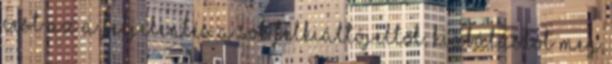
CEST Az a feljelentés a sok felkiáltójeltől, kiabálástól meg